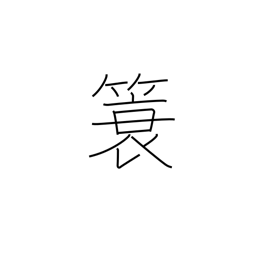
Meaning: a coat raincoat